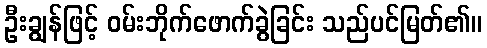
ဦးချွန်ဖြင့် ဝမ်းဘိုက်ဖောက်ခွဲခြင်း သည်ပင်မြတ်၏။